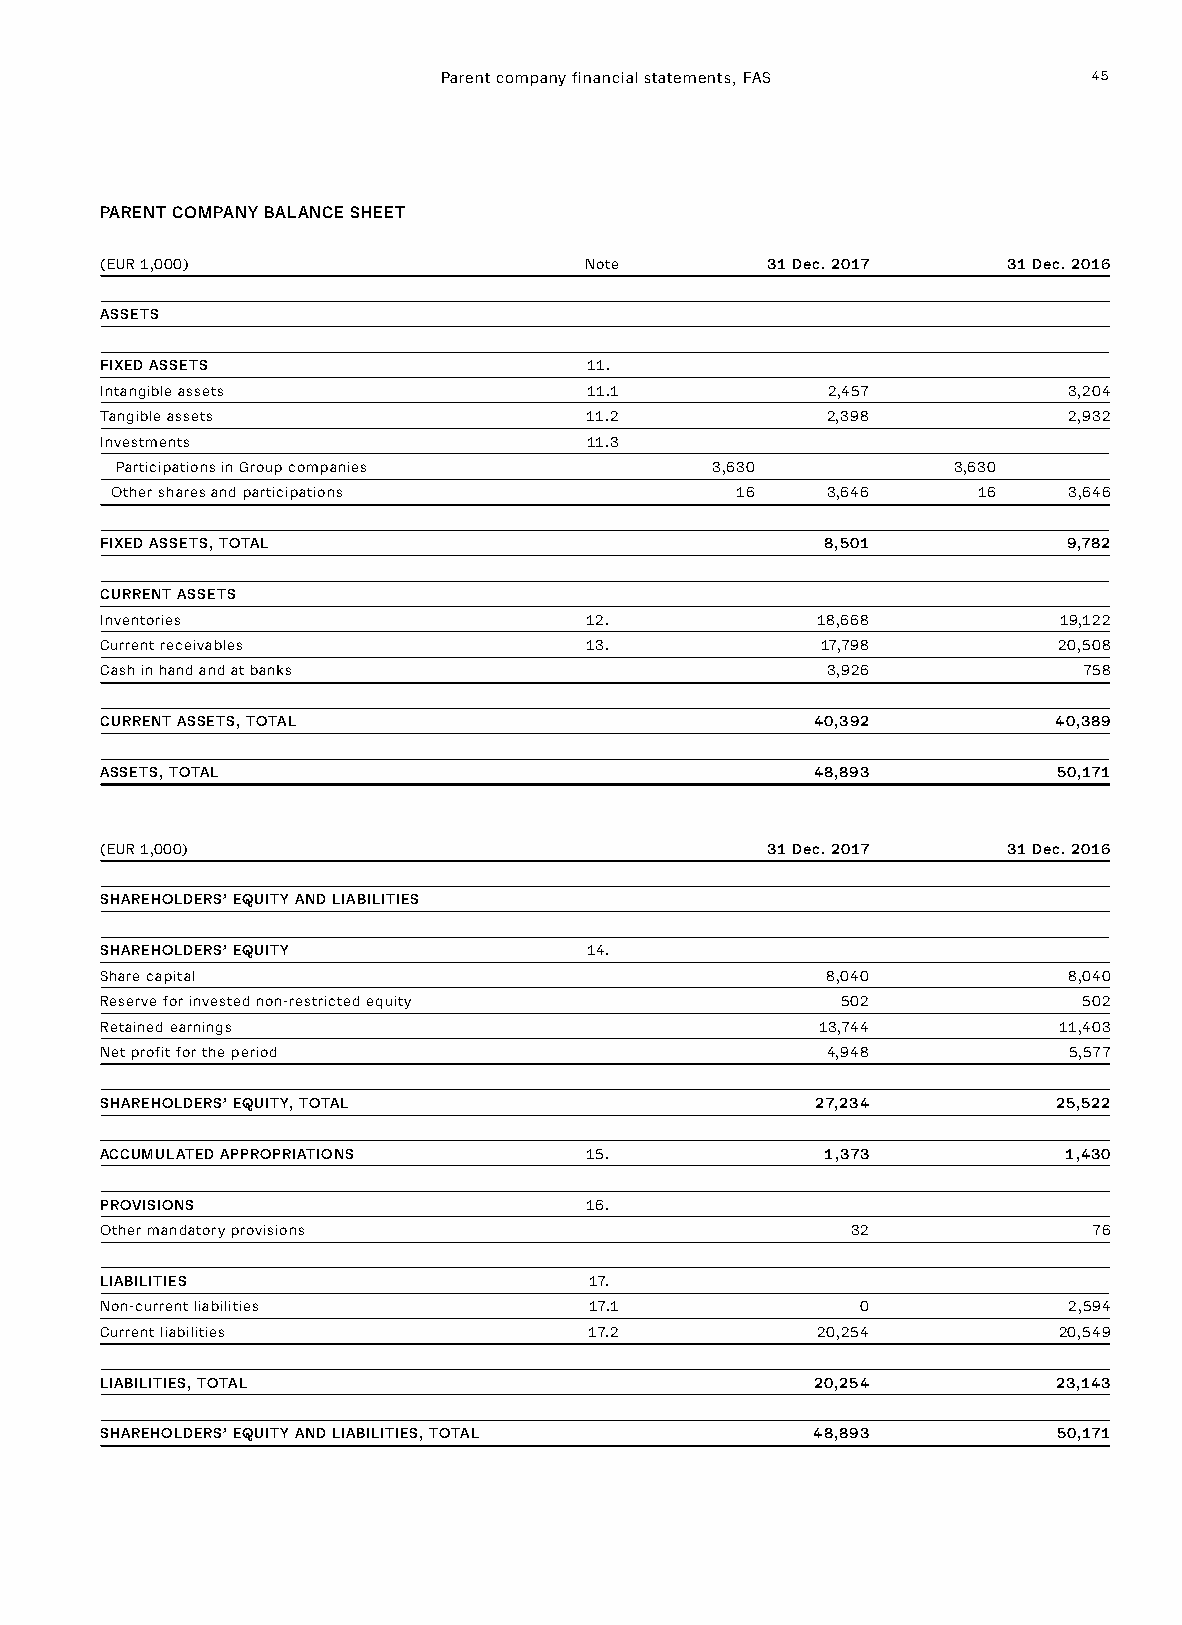
Parent company financial statements, FAS   45
 PARENT COMPANY BALANCE SHEET
 (EUR 1,000)                     Note        31 Dec. 2017    31 Dec. 2016
 ASSETS
 FIXED ASSETS                    11.
 Intangible assets               11.1            2,457           3,204
 Tangible assets                 11.2            2,398           2,932
 Investments                     11.3
 Participations in Group companies      3,630           3,630
 Other shares and participations           16    3,646     16    3,646
 FIXED ASSETS, TOTAL                             8,501           9,782
 CURRENT ASSETS
 Inventories                     12.            18,668          19,122
 Current receivables             13.            17,798          20,508
 Cash in hand and at banks                       3,926            758
 CURRENT ASSETS, TOTAL                          40,392          40,389
 ASSETS, TOTAL                                  48,893          50,171
 (EUR 1,000)                                 31 Dec. 2017    31 Dec. 2016
 SHAREHOLDERS’ EQUITY AND LIABILITIES
 SHAREHOLDERS’ EQUITY            14.
 Share capital                                   8,040           8,040
 Reserve for invested non-restricted equity       502             502
 Retained earnings                              13,744          11,403
 Net profit for the period                       4,948           5,577
 SHAREHOLDERS’ EQUITY, TOTAL                    27,234          25,522
 ACCUMULATED APPROPRIATIONS      15.             1,373          1,430
 PROVISIONS                      16.
 Other mandatory provisions                       32              76
 LIABILITIES                     17.
 Non-current liabilities         17.1              0             2,594
 Current liabilities             17.2           20,254          20,549
 LIABILITIES, TOTAL                             20,254          23,143
 SHAREHOLDERS’ EQUITY AND LIABILITIES, TOTAL    48,893          50,171